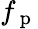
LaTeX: f_{\mathrm{~p~}}